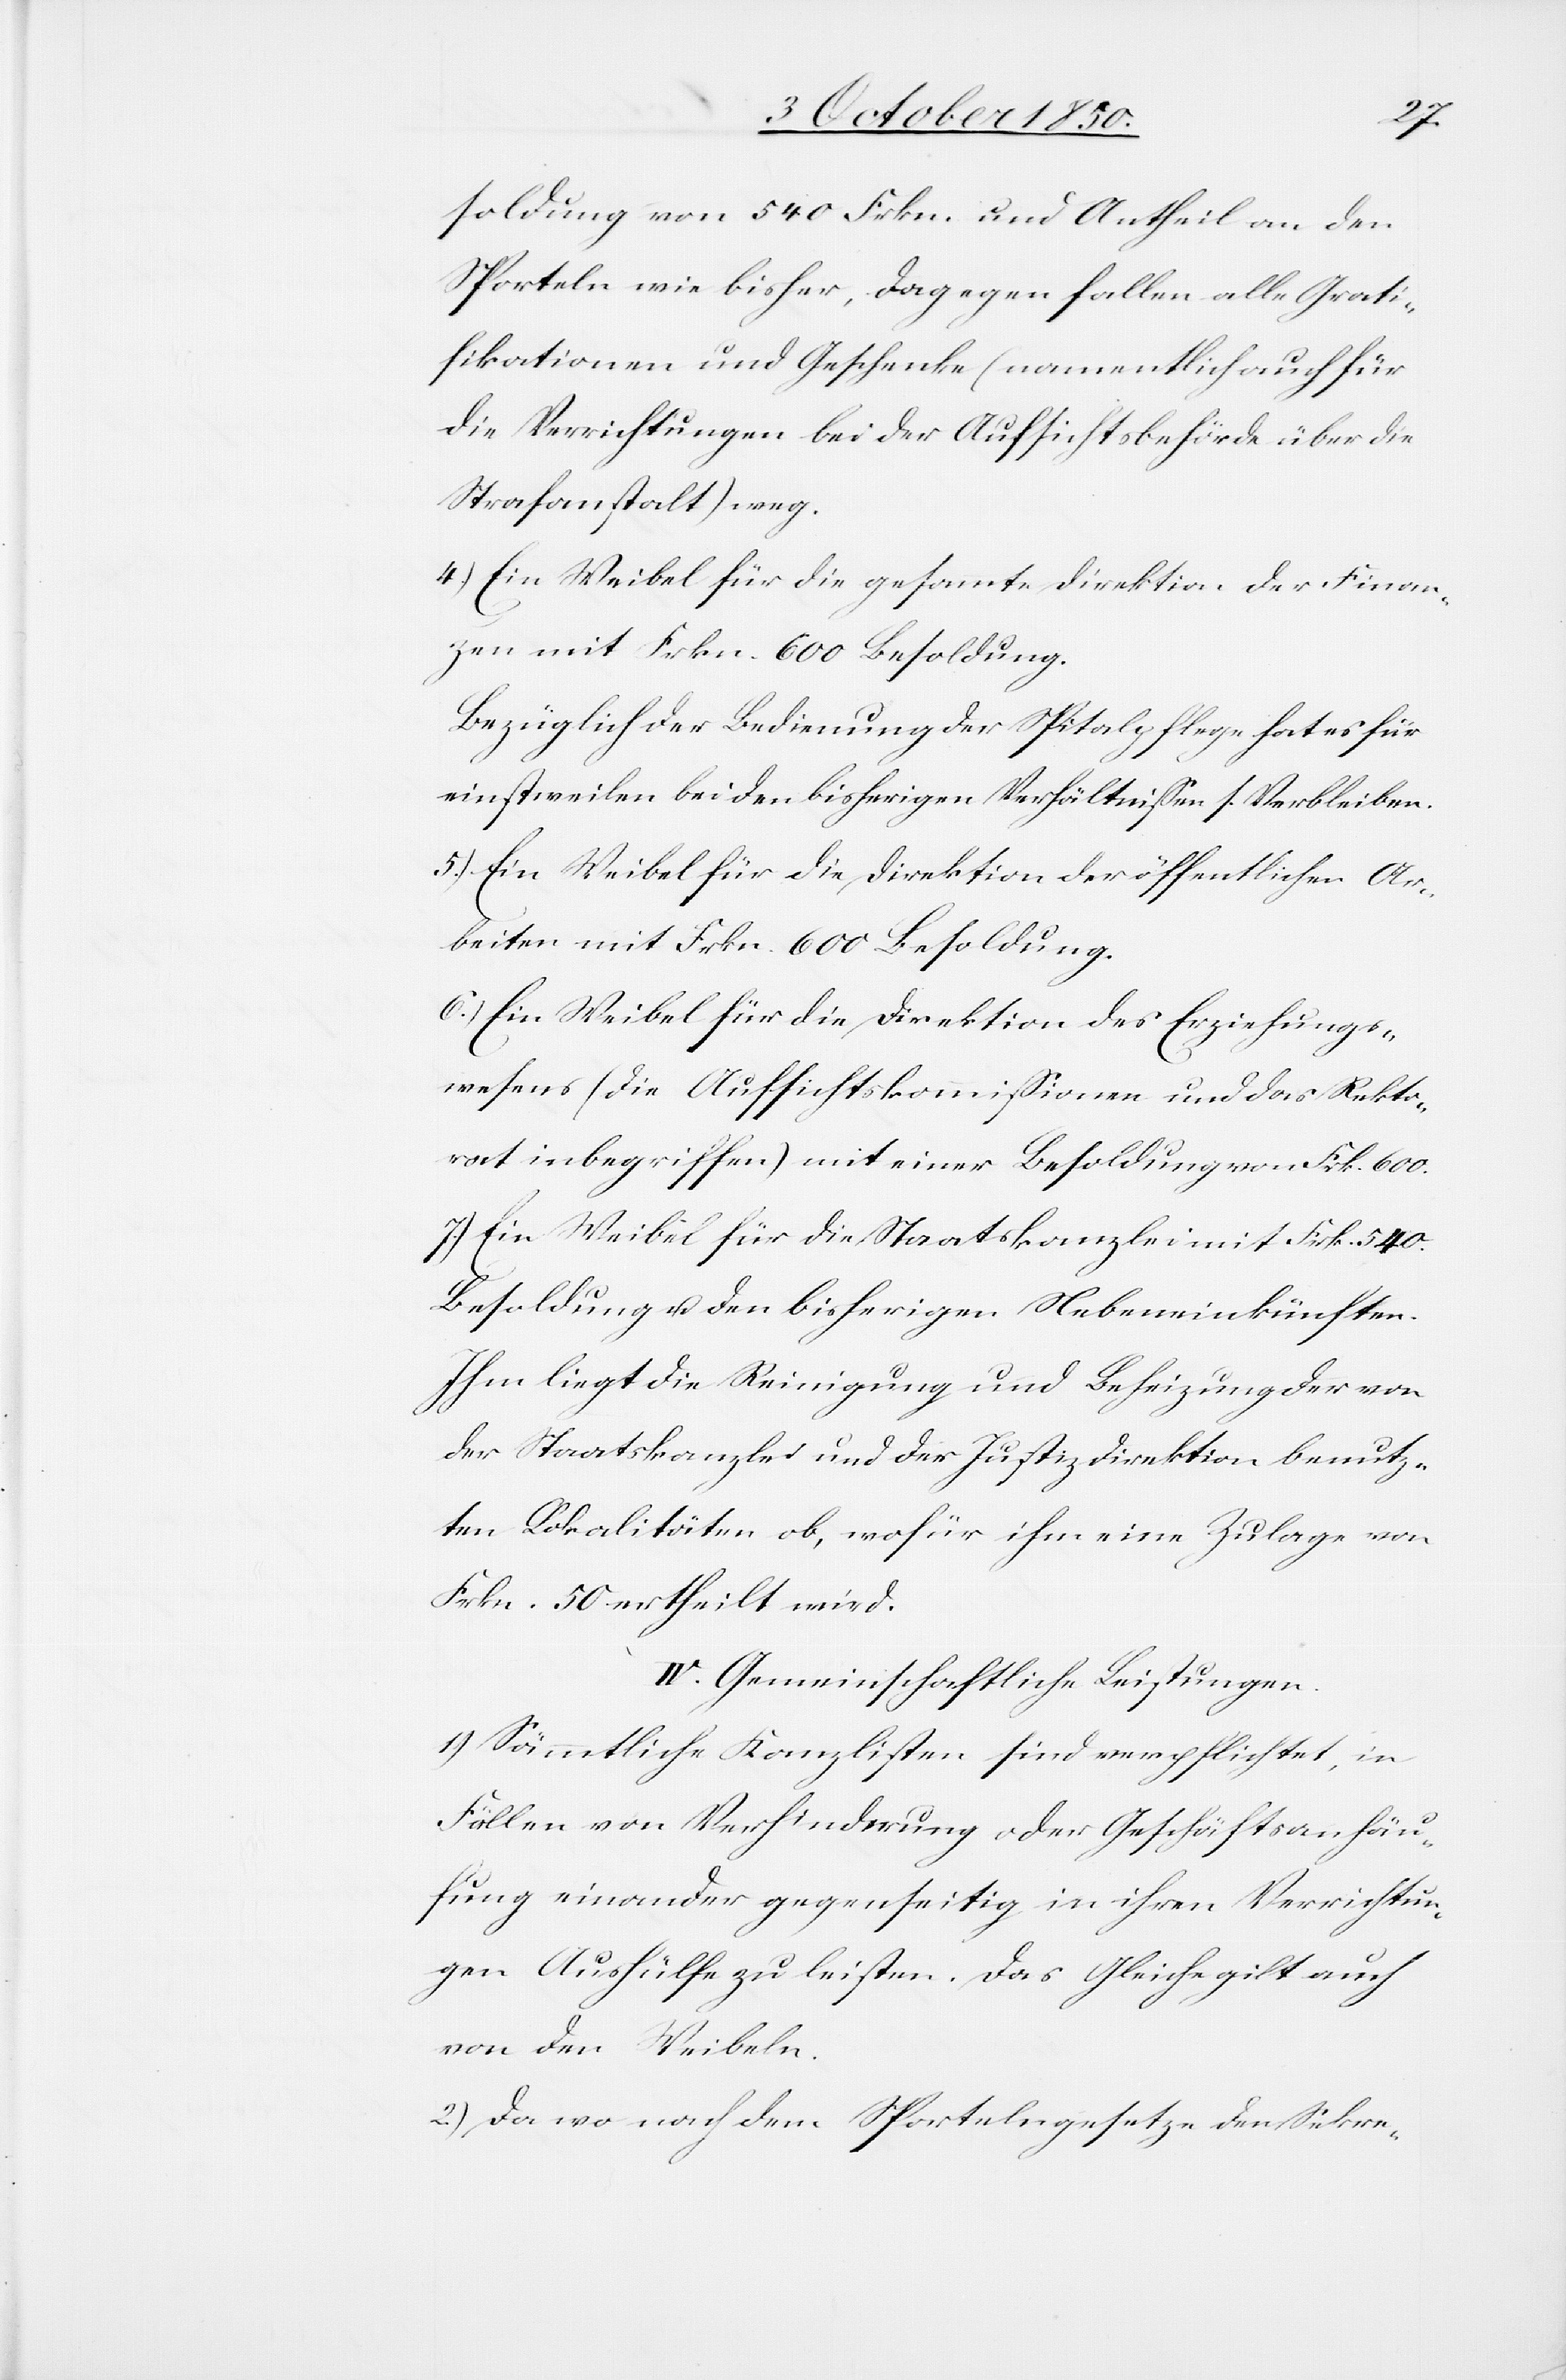
soldung von 540 Frkn. und Antheil an den
Sporteln wie bisher, dagegen fallen alle Grati¬
fikationen und Geschenke (namentlich auch für
die Verrichtungen bei der Aufsichtsbehörde über die
Strafanstalt) weg.
4.) Ein Weibel für die gesammte Direktion der Finan¬
zen mit Frkn. 600 Besoldung.
Bezüglich der Bedienung der Spitalpflege hat es für
einstweilen bei den bisherigen Verhältnissen s. Verbleiben.
5.) Ein Weibel für die Direktion der öffentlichen Ar¬
beiten mit Frkn. 600 Besoldung.
6.) Ein Weibel für die Direktion des Erziehungs¬
wesens (die Aufsichtskommissionen und das Rekto¬
rat inbegriffen) mit einer Besoldung von Frk. 600.
7.) Ein Weibel für die Staatskanzlei mit Frk. 540.
Besoldung u. den bisherigen Nebeneinkünften.
Ihm liegt die Reinigung und Beheizung der von
der Staatskanzlei und der Justizdirektion benutz¬
ten Lokalitäten ob, wofür ihm eine Zulage von
Frkn. 50 ertheilt wird.
IV. Gemeinschaftliche Leistungen.
1.) Sämmtliche Kanzlisten sind verpflichtet, in
Fällen von Verhinderung oder Geschäftsanhäu¬
fung einander gegenseitig in ihren Verrichtun¬
gen Aushülfe zu leisten. Das Gleiche gilt auch
von den Weibeln.
2.) Da wo nach dem Sportelngesetze den Sekre-